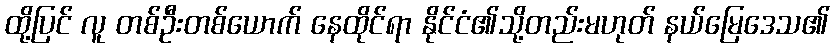
ထို့ပြင် လူ တစ်ဦးတစ်ယောက် နေထိုင်ရာ နိုင်ငံ၏သို့တည်းမဟုတ် နယ်မြေဒေသ၏